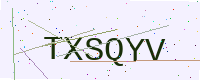
Text: TXSQYV